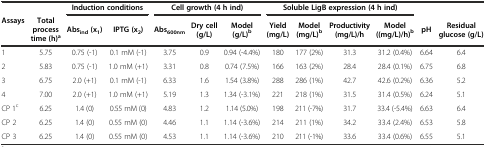
<table><thead><tr><td></td><td></td><td colspan="2"><b>Induction conditions</b></td><td colspan="3"><b>Cell growth (4 h ind)</b></td><td colspan="4"><b>Soluble LigB expression (4 h ind)</b></td><td></td><td></td></tr><tr><td><b>Assays</b></td><td><b>Total process time (h)<sup>a</sup></b></td><td><b>Abs<sub>ind</sub>(x<sub>1</sub>)</b></td><td><b>IPTG (x<sub>2</sub>)</b></td><td><b>Abs<sub>600nm</sub></b></td><td><b>Dry cell (g/L)</b></td><td><b>Model (g/L)<sup>b</sup></b></td><td><b>Yield (mg/L)</b></td><td><b>Model (mg/L)<sup>b</sup></b></td><td><b>Productivity (mg/L)/h</b></td><td><b>Model ((mg/L)/h)<sup>b</sup></b></td><td><b>pH</b></td><td><b>Residual glucose (g/L)</b></td></tr></thead><tbody><tr><td>1</td><td>5.75</td><td>0.75 (-1)</td><td>0.1 mM (-1)</td><td>3.75</td><td>0.9</td><td>0.94 (-4.4%)</td><td>180</td><td>177 (2%)</td><td>31.3</td><td>31.2 (0.4%)</td><td>6.64</td><td>6.4</td></tr><tr><td>2</td><td>5.83</td><td>0.75 (-1)</td><td>1.0 mM (+1)</td><td>3.31</td><td>0.8</td><td>0.74 (7.5%)</td><td>166</td><td>163 (2%)</td><td>28.4</td><td>28.4 (0.1%)</td><td>6.75</td><td>6.8</td></tr><tr><td>3</td><td>6.75</td><td>2.0 (+1)</td><td>0.1 mM (-1)</td><td>6.33</td><td>1.6</td><td>1.54 (3.8%)</td><td>288</td><td>286 (1%)</td><td>42.7</td><td>42.6 (0.2%)</td><td>6.36</td><td>5.2</td></tr><tr><td>4</td><td>7.00</td><td>2.0 (+1)</td><td>1.0 mM (+1)</td><td>5.19</td><td>1.3</td><td>1.34 (-3.1%)</td><td>221</td><td>218 (1%)</td><td>31.5</td><td>31.4 (0.5%)</td><td>6.24</td><td>5.1</td></tr><tr><td>CP 1<sup>c</sup></td><td>6.25</td><td>1.4 (0)</td><td>0.55 mM (0)</td><td>4.83</td><td>1.2</td><td>1.14 (5.0%)</td><td>198</td><td>211 (-7%)</td><td>31.7</td><td>33.4 (-5.4%)</td><td>6.63</td><td>6.4</td></tr><tr><td>CP 2</td><td>6.25</td><td>1.4 (0)</td><td>0.55 mM (0)</td><td>4.46</td><td>1.1</td><td>1.14 (-3.6%)</td><td>214</td><td>211 (1%)</td><td>34.2</td><td>33.4 (2.4%)</td><td>6.53</td><td>5.8</td></tr><tr><td>CP 3</td><td>6.25</td><td>1.4 (0)</td><td>0.55 mM (0)</td><td>4.53</td><td>1.1</td><td>1.14 (-3.6%)</td><td>210</td><td>211 (-1%)</td><td>33.6</td><td>33.4 (0.6%)</td><td>6.55</td><td>5.1</td></tr></tbody></table>